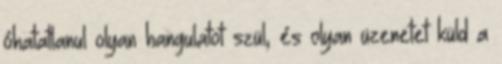
óhatatlanul olyan hangulatot szül, és olyan üzenetet küld a